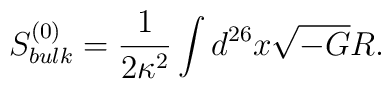
S^{(0)}_{bulk}={1\over 2\kappa^2}\int d^{26}x \sqrt{-G}R.